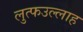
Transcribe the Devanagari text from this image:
लुत्फउल्लाह